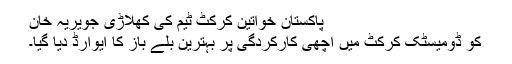
پاکستان خواتین کرکٹ ٹیم کی کھلاڑی جویریہ خان
کو ڈومیسٹک کرکٹ میں اچھی کارکردگی پر بہترین بلے باز کا ایوارڈ دیا گیا۔